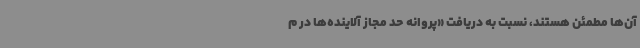
آن‌ها مطمئن هستند، نسبت به دریافت «پروانه حد مجاز آلاینده‌ها در م